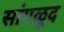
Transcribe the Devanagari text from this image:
सांगळूद